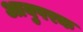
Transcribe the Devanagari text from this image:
आयुपरक